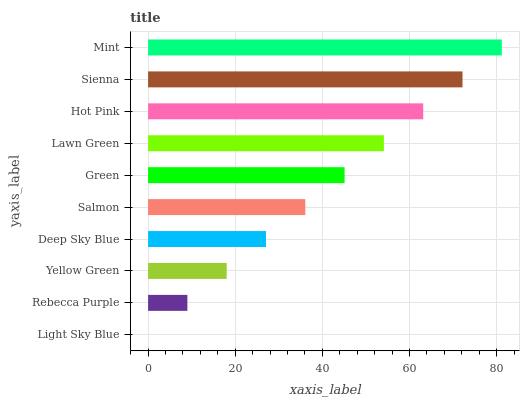
| yaxis_label | bars |
 | --- | --- |
 | Light Sky Blue | 0 |
 | Rebecca Purple | 9.02 |
 | Yellow Green | 18 |
 | Deep Sky Blue | 27.1 |
 | Salmon | 36.1 |
 | Green | 45.1 |
 | Lawn Green | 54.1 |
 | Hot Pink | 63.2 |
 | Sienna | 72.2 |
 | Mint | 81.2 |